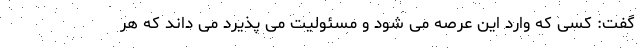
گفت: کسی که وارد این عرصه می شود و مسئولیت می پذیرد می داند که هر